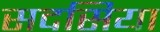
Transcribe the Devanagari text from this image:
सदसिया